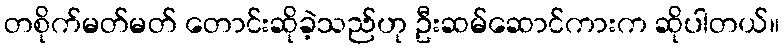
တစိုက်မတ်မတ် တောင်းဆိုခဲ့သည်ဟု ဦးဆမ်ဆောင်ကားက ဆိုပါတယ်။